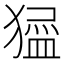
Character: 𱮞